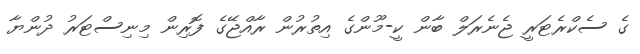
ގެ ސެކްރެޓަރީ ޖެނެރަލް ބާން ކީ-މޫންގެ އިތުރުން ރާއްޖޭގެ ފޮރިން މިނިސްޓަރު ދުންޔާ